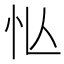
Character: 𢗅